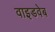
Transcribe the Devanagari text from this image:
वाइडवेब